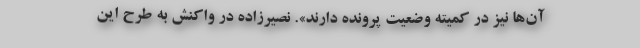
آن‌ها نیز در کمیته وضعیت پرونده دارند». نصیرزاده در واکنش به طرح این